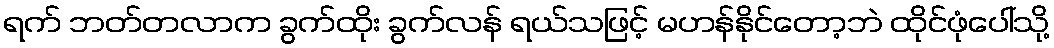
ရက် ဘတ်တလာက ခွက်ထိုး ခွက်လန် ရယ်သဖြင့် မဟန်နိုင်တော့ဘဲ ထိုင်ဖုံပေါ်သို့